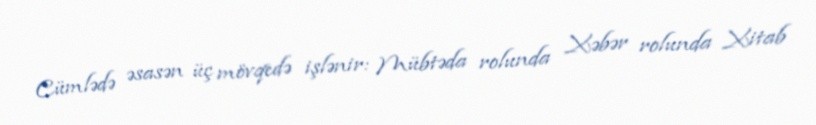
Cümlədə əsasən üç mövqedə işlənir: Mübtəda rolunda Xəbər rolunda Xitab